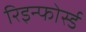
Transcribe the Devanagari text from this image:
रिइन्फोर्स्ड